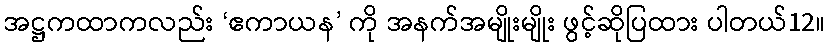
အဋ္ဌကထာကလည်း ‘ဧကာယန’ ကို အနက်အမျိုးမျိုး ဖွင့်ဆိုပြထား ပါတယ်12။